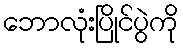
ဘောလုံးပြိုင်ပွဲကို